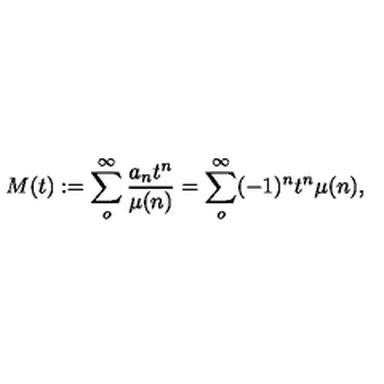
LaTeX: M ( t ) : = \sum _ { o } ^ { \infty } \frac { a _ { n } t ^ { n } } { \mu ( n ) } = \sum _ { o } ^ { \infty } ( - 1 ) ^ { n } t ^ { n } \mu ( n ) ,